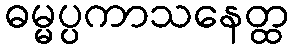
ဓမ္မပ္ပကာသနေတ္ထ